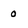
Character: 0